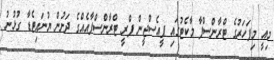
މިއީ މިފަހަރުގެ ޓްރާންސްފާ މާކެޓުގައި ޕީއެސްޖީން ފްރީ ޓްރާންސްފާއެއްގެ ދަށުން ޔުނައިޓެޑާ ގުޅުނު